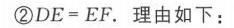
\textcircled{2}\(DE = EF\). 理由如下：